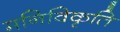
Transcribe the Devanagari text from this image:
मनिविकृति